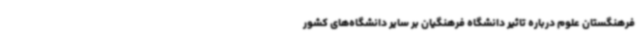
فرهنگستان علوم درباره تاثیر دانشگاه فرهنگیان بر سایر دانشگاه‌های کشور